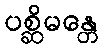
ပစ္ဆိမန္တေ